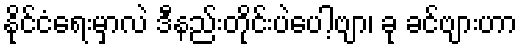
နိုင်ငံရေးမှာလဲ ဒီနည်းတိုင်းပဲပေါ့ဗျာ၊ ခု ခင်ဗျားဟာ